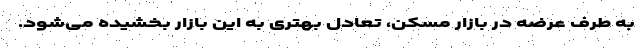
به طرف عرضه در بازار مسکن، تعادل بهتری به این بازار بخشیده می‌شود.